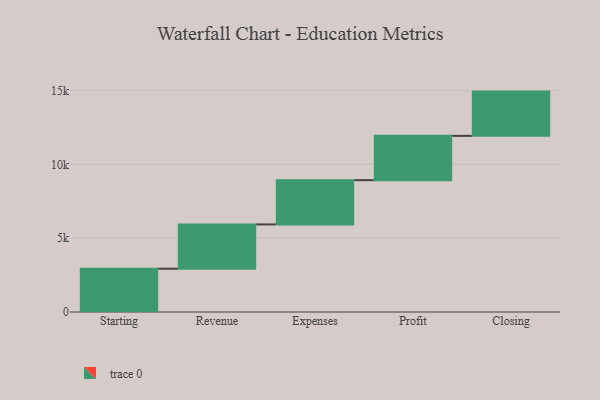
{"axis": {"x": "Step", "y": "Value"}, "legend": [""], "data": [{"x": "Starting", "y": 2934.0, "type": ""}, {"x": "Revenue", "y": 3000, "type": ""}, {"x": "Expenses", "y": 3000, "type": ""}, {"x": "Profit", "y": 3000, "type": ""}, {"x": "Closing", "y": 3000, "type": ""}]}